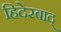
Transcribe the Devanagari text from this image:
हिदेरबाद्